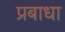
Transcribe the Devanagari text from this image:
प्रबाधा